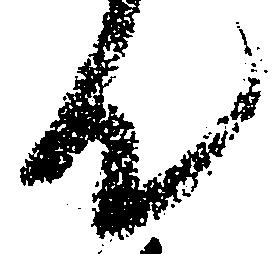
て